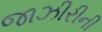
જાઝીરીની